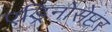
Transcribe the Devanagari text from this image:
एड्रिनोसेप्टर